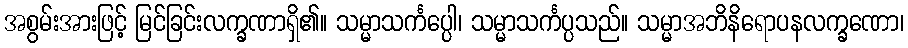
အစွမ်းအားဖြင့် မြင်ခြင်းလက္ခဏာရှိ၏။ သမ္မာသင်္ကပ္ပေါ၊ သမ္မာသင်္ကပ္ပသည်။ သမ္မာအဘိနိရောပနလက္ခဏော၊